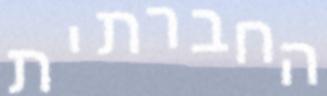
החברתית